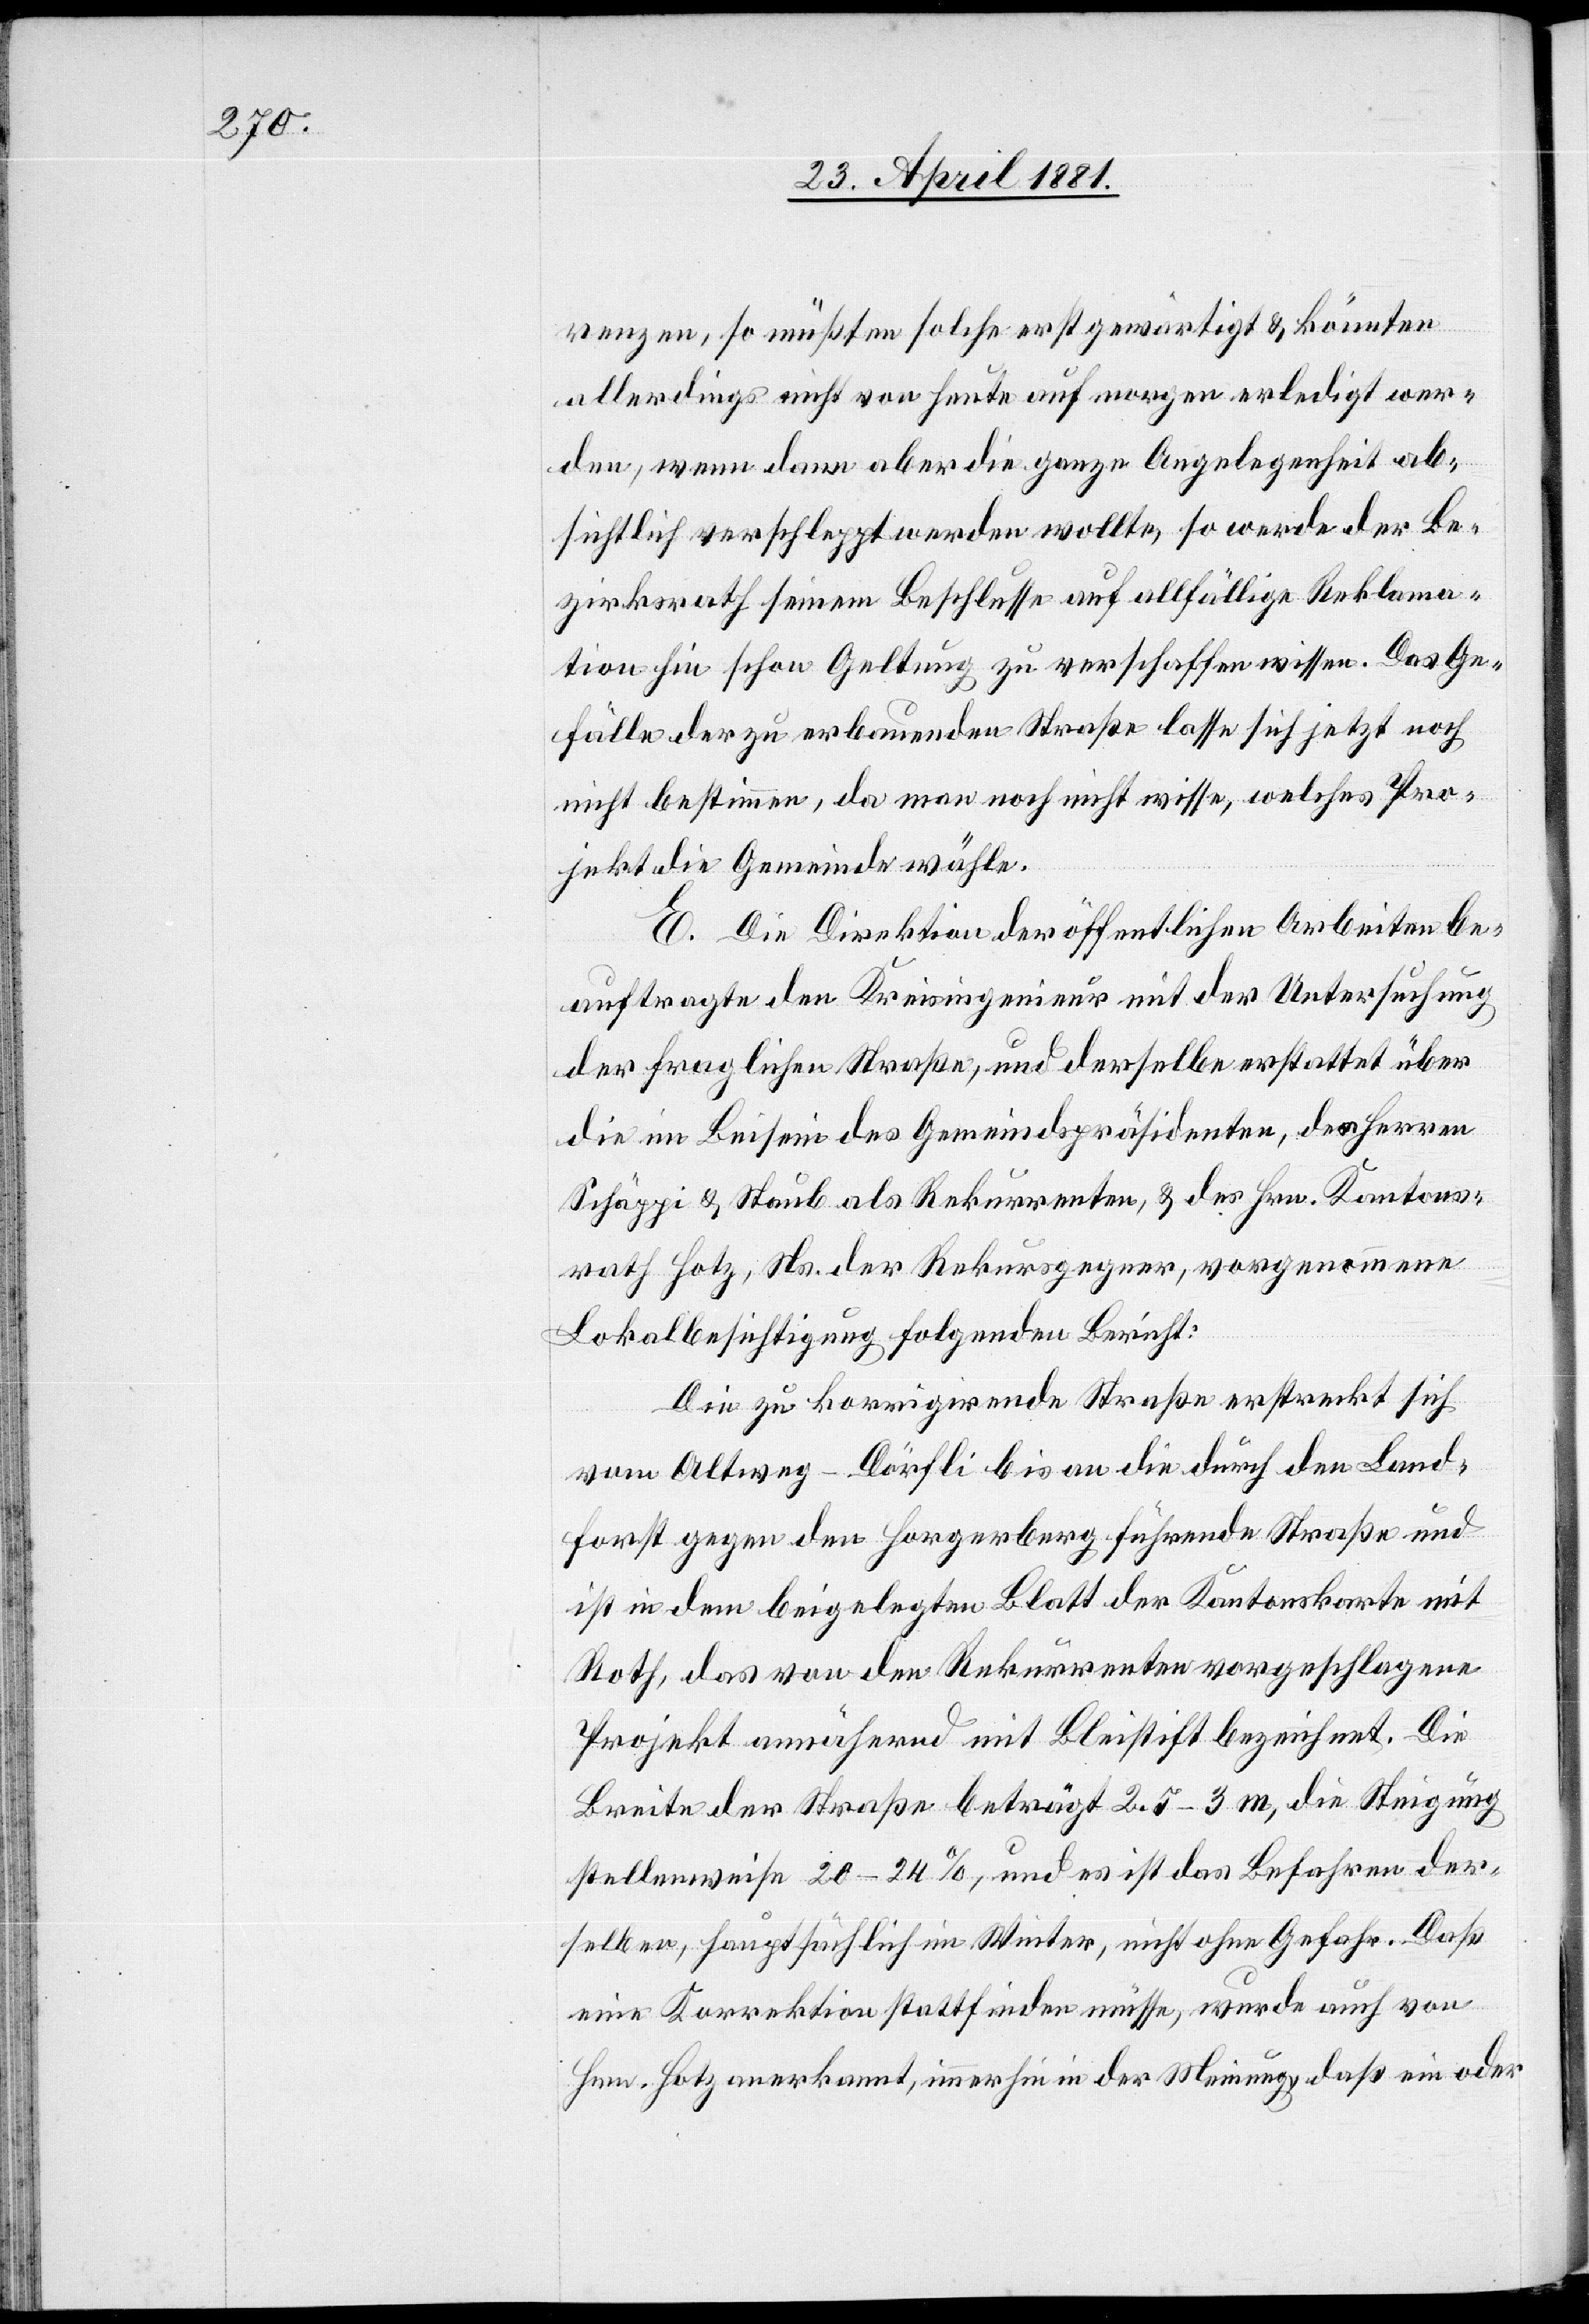
renzen, so müßten solche erst gewärtigt & könnten
allerdings nicht von heute auf morgen erledigt wer¬
den, wenn dann aber die ganze Angelegenheit ab¬
sichtlich verschleppt werden wollte, so werde der Be¬
zirksrath seinem Beschlusse auf allfällige Reklama¬
tion hin schon Geltung zu verschaffen wissen. Das Ge¬
fälle der zu erbauenden Straße lasse sich jetzt noch
nicht bestimmen, da man noch nicht wisse, welches Pro¬
jekt die Gemeinde wähle.
E. Die Direktion öffentlichen Arbeiten be¬
auftragte den Kreisingenieur mit der Untersuchung
der fraglichen Straße, und derselbe erstattet über
die im Beisein des Gemeindspräsidenten, der Herren
Schäppi & Staub als Rekurrenten, & des Hrn. Kantons¬
rath Hotz, Ns. der Rekursgegner, vorgenommene
Lokalbesichtigung folgenden Bericht:
Die zu korrigirende Straße erstreckt sich
vom Altweg - Dörfli bis an die durch den Land¬
forst gegen den Horgenberg führende Straße und
ist in dem beigelegten Blatt der Kantonskarte mit
Roth, das von den Rekurrenten vorgeschlagene
Projekt annähernd mit Bleistift bezeichnet. Die
Breite der Straße beträgt 2.7–3 m, die Steigung
stellenweise 20–24%, und es ist das Befahren der¬
selben, hauptsächlich im Winter, nicht ohne Gefahr. Daß
eine Korrektion stattfinden müsse, wurde auch von
Hrn. Hotz anerkannt, immerhin in der Meinung, daß ein oder